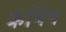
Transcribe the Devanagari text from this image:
क्रंचिंग